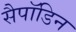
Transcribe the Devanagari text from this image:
सैपॉडिन